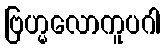
ဗြဟ္မလောကူပဂါ